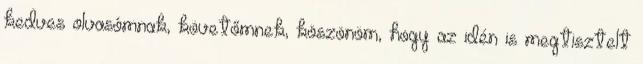
kedves olvasómnak, követőmnek, köszönöm, hogy az idén is megtisztelt